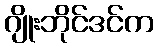
ဂျိုးဘိုင်ဒင်က